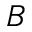
B